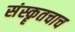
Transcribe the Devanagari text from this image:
संस्कॄतचाच